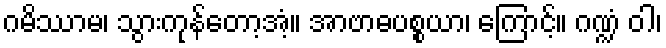
ဂမိဿာမ၊ သွားကုန်တော့အံ့။ အာဗာဓပစ္စယာ၊ ကြောင့်။ ဂဏ္ဍံ ဝါ၊